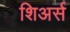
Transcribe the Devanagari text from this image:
शिअर्स